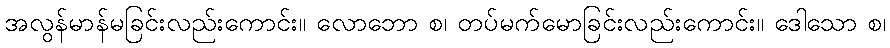
အလွန်မာန်မခြင်းလည်းကောင်း။ လောဘော စ၊ တပ်မက်မောခြင်းလည်းကောင်း။ ဒေါသော စ၊